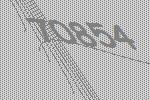
70854